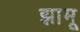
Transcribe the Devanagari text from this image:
झामू